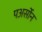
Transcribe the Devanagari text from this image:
पअर्सोन